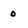
Character: 0